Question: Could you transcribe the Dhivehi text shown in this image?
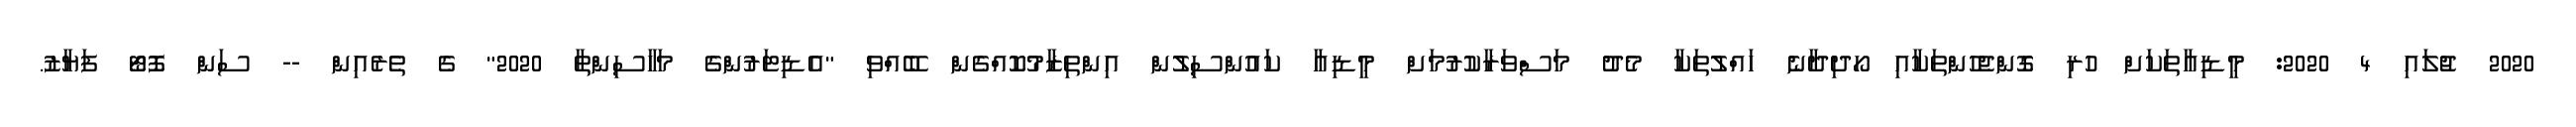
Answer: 2020 ޖުލައި 4 2020: މީޑިއާތަކަށް ހުރި ގޮންޖެހުންތަކާއި ހޯދިދާނެ ހައްލުތަކާ މެދު މަސްވަރާކުރުމަށް މީޑިއާ ކައުންސިލުން އިންތިޒާމުކޮއްގެން ބޭއްވި "އެޑިޓަރުންގެ މަހާސިންތާ 2020" ގެ ތެރެއިން -- ސަން ފޮޓޯ ފަޔާޒު.